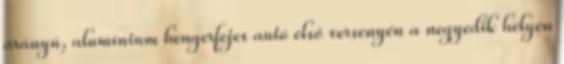
arányú, alumínium hengerfejes autó első versenyén a negyedik helyen